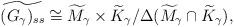
LaTeX: \begin{align*}\widetilde{(G_{\gamma})_{ss}}\cong \widetilde{M}_{\gamma}\times \widetilde{K}_{\gamma}/\Delta(\widetilde{M}_{\gamma}\cap \widetilde{K}_{\gamma}),\end{align*}